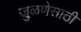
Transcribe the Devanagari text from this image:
जुळणेसाठी